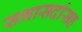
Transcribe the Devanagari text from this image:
सभासदांसह